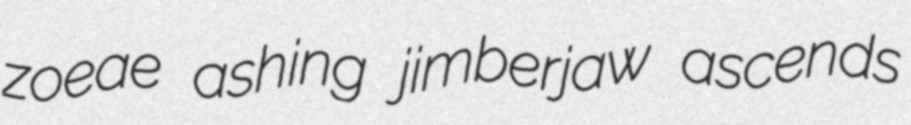
zoeae ashing jimberjaw ascends